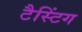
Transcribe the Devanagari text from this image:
टैस्टिंग